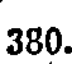
380.